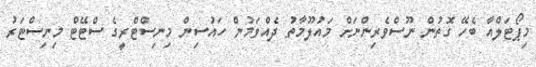
މިޕޯޓަލްއާ ބެހޭ ގޮތުން ނޫސްވެރިންނަށް މައުލޫމާތު ދެއްވަމުން ހައުސިން މިނިސްޓްރީގެ ސްޓޭޓް މިނިސްޓަރު